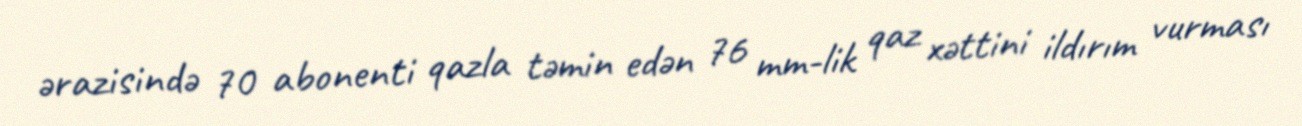
ərazisində 70 abonenti qazla təmin edən 76 mm-lik qaz xəttini ildırım vurması